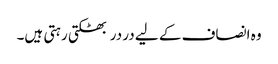
وہ انصاف کے لیے در در بھٹکتی رہتی ہیں۔